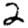
Digit: 2